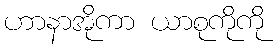
ဟာနာအိုကာ ယာစုကိုကို